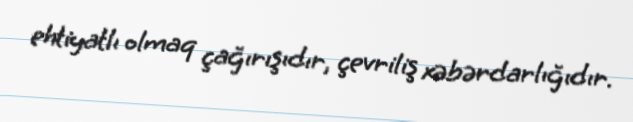
ehtiyatlı olmaq çağırışıdır, çevriliş xəbərdarlığıdır.